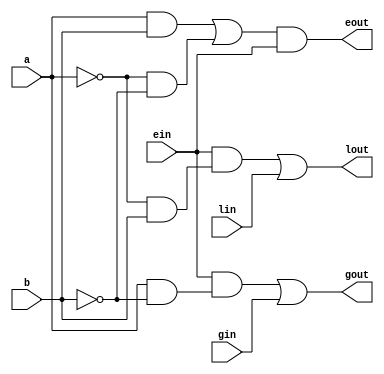
module one_bit_comparator(a,b,lin,ein,gin,lout,eout,gout);
input a,b,lin,ein,gin;

output lout,eout,gout;
wire lout,eout,gout;

assign lout=(ein&(~a&b))|(lin);
assign gout=(ein&(a&(~b)))|(gin);
assign eout=((a&b)|((~a)&(~b)))&ein;
endmodule